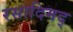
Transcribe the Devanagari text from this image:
रसादिमद्